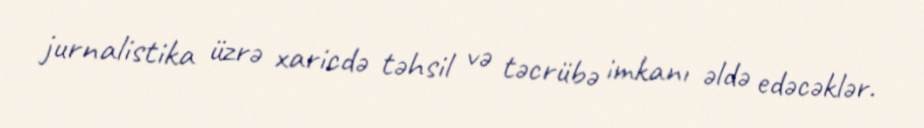
jurnalistika üzrə xaricdə təhsil və təcrübə imkanı əldə edəcəklər.